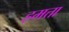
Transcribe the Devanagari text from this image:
हमत्ता